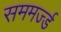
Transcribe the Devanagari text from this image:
सममर्ज्ड